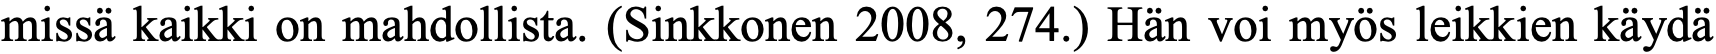
missä kaikki on mahdollista. (Sinkkonen 2008, 274.) Hän voi myös leikkien käydä